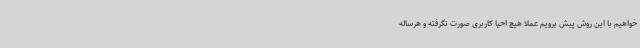
خواهیم با این روش پیش برویم عملا هیچ احیا کاربری صورت نگرفته و هرساله